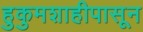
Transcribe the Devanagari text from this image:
हुकुमशाहीपासून